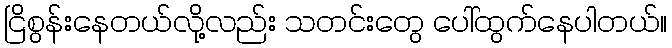
ငြိစွန်းနေတယ်လို့လည်း သတင်းတွေ ပေါ်ထွက်နေပါတယ်။